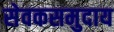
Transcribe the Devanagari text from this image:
सेवकसमुदाय